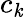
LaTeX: c_{\mathit{k}}